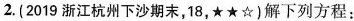
2.(2019浙江杭州下沙期末，18，★★☆)解下列方程：